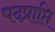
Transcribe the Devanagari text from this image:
पदप्राप्ति